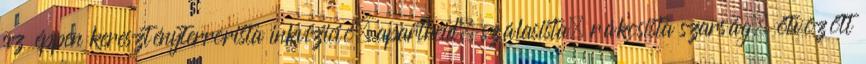
az éppen keresztényterrorista inkvizició, apartheid, szálasista, rákosista szarság. ötvözött